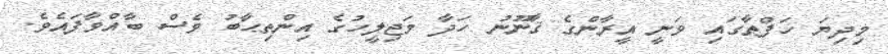
މިދިޔަ ހަފްތާގައި ވަނީ އީރާންގެ ޤާނޫނު ހަދާ މަޖިލީހުގެ އިންތިޙާބު ވެސް ބާއްވާފައެވެ.